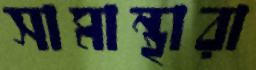
সামান্থারা